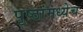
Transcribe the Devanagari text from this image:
पृष्ठांमध्येच